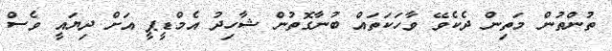
ތުންތުން މަތިން ދެކެވޭ ވާހަކަތައް ބުނާގޮތުން ޝާހިދު އެމްޑީޕީ އަށް ދިޔައީ ވެސް